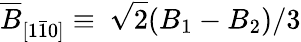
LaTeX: \overline{{B}}_{[1\bar{1}0]}\equiv\ \sqrt{2}(B_{1}-B_{2})/3